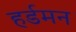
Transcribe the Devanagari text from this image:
हर्डमन